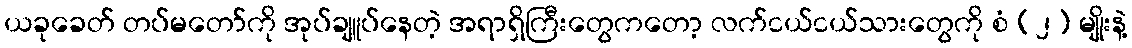
ယခုခေတ် တပ်မတော်ကို အုပ်ချူပ်နေတဲ့ အရာရှိကြီးတွေကတော့ လက်ငယ်ငယ်သားတွေကို စံ (၂) မျိုးနဲ့